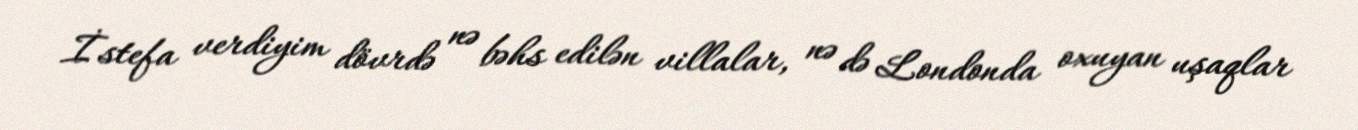
İstefa verdiyim dövrdə nə bəhs edilən villalar, nə də Londonda oxuyan uşaqlar